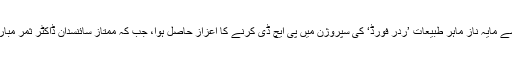
ڈاکٹر رفیع کو کیمبرج یونیورسٹی سے مایہ ناز ماہر طبیعات ’ردر فورڈ‘ کی سپروژن میں پی ایچ ڈی کرنے کا اعزاز حاصل ہوا، جب کہ ممتاز سائنسدان ڈاکٹر ثمر مبارک مند اُن کے شاگرد رہ چکے ہیں۔